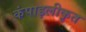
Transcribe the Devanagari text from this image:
कंपाइलीकृत